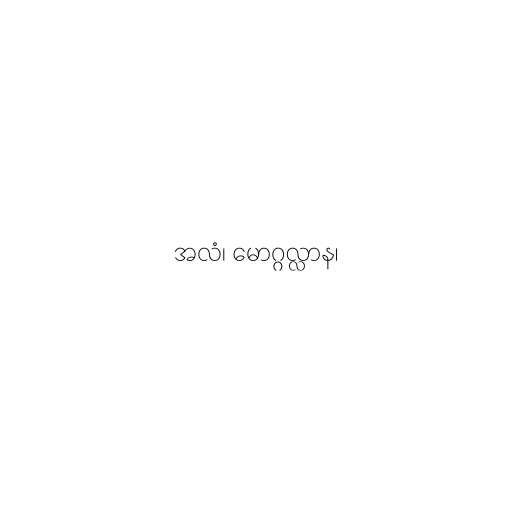
အလံ၊ မောဂ္ဂလ္လာန၊